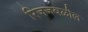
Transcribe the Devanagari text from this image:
रिजजवळील